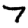
Digit: 7